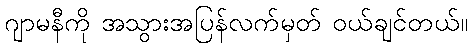
ဂျာမနီကို အသွားအပြန်လက်မှတ် ဝယ်ချင်တယ်။